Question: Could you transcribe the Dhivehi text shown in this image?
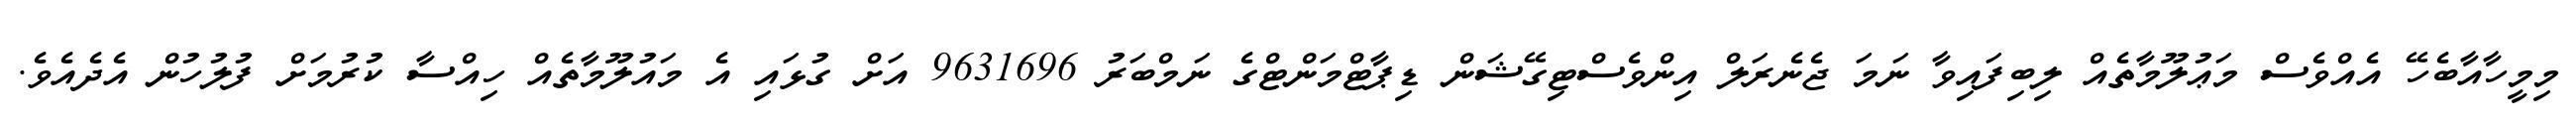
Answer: މިމީހާއާބެހޭ އެއްވެސް މަޢުލޫމާތެއް ލިބިފައިވާ ނަމަ ޖެނެރަލް އިންވެސްޓިގޭޝަން ޑިޕާޓްމަންޓްގެ ނަމްބަރު 9631696 އަށް ގުޅައި އެ މައުލޫމާތެއް ހިއްސާ ކުރުމަށް ފުލުހުން އެދެއެވެ.